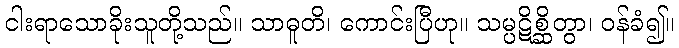
ငါးရာသောခိုးသူတို့သည်။ သာဓူတိ၊ ကောင်းပြီဟု။ သမ္ပဋိစ္ဆိတွာ၊ ဝန်ခံ၍။